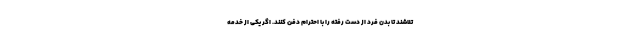
تلاشند تا بدن فرد از دست رفته را با احترام دفن کنند. اگر یکی از خدمه